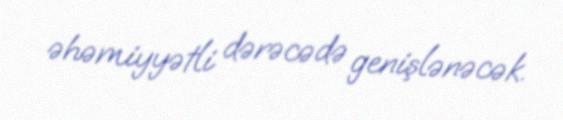
əhəmiyyətli dərəcədə genişlənəcək.